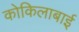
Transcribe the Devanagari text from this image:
कोकिलाबाई